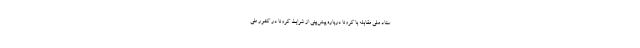
ستاد ملی مقابله با کرونا درباره پیش‌بینی از شرایط کرونا در کشور طی